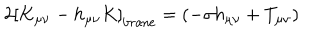
2 \left[ K _ { \mu \nu } - h _ { \mu \nu } K \right] _ { \mathrm { { b r a n e } } } = \left( - \sigma h _ { \mu \nu } + T _ { \mu \nu } \right)